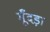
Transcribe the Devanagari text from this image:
मूँदड़ा